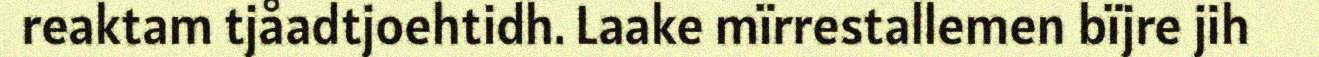
reaktam tjåadtjoehtidh. Laake mïrrestallemen bïjre jih